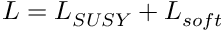
{ \cal L } = { \cal L } _ { { S U S Y } } + { \cal L } _ { { s o f t } }